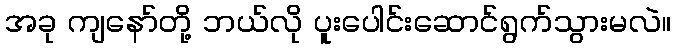
အခု ကျနော်တို့ ဘယ်လို ပူးပေါင်းဆောင်ရွက်သွားမလဲ။